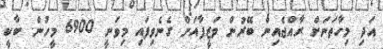
އަދި މިހާތަނަށް ރާއްޖެއިން ބޭރުން ވަޒީފާއަށް ގެނެވިފައި މިވަނީ 6900 މީހުން. ބާކީ